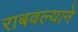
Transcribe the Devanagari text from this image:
राबवल्याने